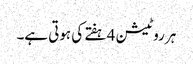
ہر روٹیشن 4 ہفتے کی ہوتی ہے۔